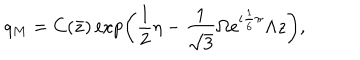
q _ { M } = C ( \bar { z } ) \exp \left( \frac { 1 } { 2 } \eta - \frac { 1 } { \sqrt { 3 } } \Omega e ^ { i \frac { 1 } { 6 } \pi } \Lambda z \right) ,